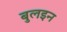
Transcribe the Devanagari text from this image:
बुलइन